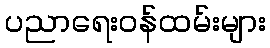
ပညာရေးဝန်ထမ်းများ